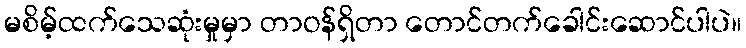
မစိမ့်ထက်သေဆုံးမှုမှာ တာဝန်ရှိတာ တောင်တက်ခေါင်းဆောင်ပါပဲ။